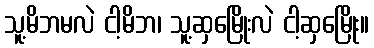
သူ့မိဘမလဲ ငါ့မိဘ၊ သူ့ဆှမြေိုးလဲ ငါ့ဆှမြေိုး။